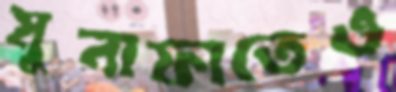
মুনাফাতেও